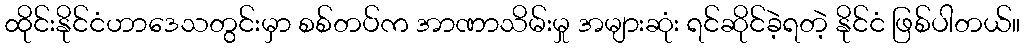
ထိုင်းနိုင်ငံဟာဒေသတွင်းမှာ စစ်တပ်က အာဏာသိမ်းမှု အများဆုံး ရင်ဆိုင်ခဲ့ရတဲ့ နိုင်ငံ ဖြစ်ပါတယ်။